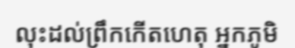
លុះដល់ព្រឹកកើតហេតុ អ្នកភូមិ